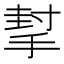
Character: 㨍